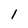
Character: 1